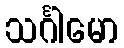
သင်္ဂါမော